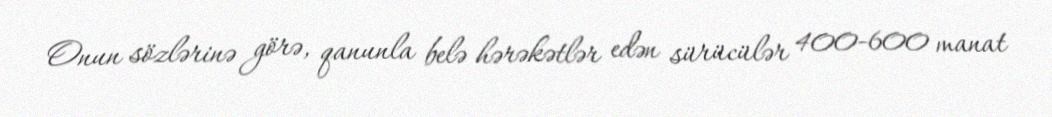
Onun sözlərinə görə, qanunla belə hərəkətlər edən sürücülər 400-600 manat